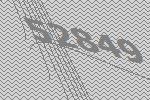
52849